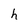
Character: h